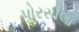
પોરસીલા